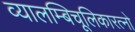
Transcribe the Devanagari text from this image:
व्यालम्बिचूलिकारत्नो